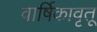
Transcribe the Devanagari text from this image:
वार्षिकावृतू